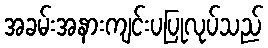
အခမ်းအနားကျင်းပပြုလုပ်သည်